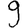
Digit: 9